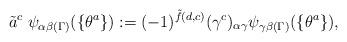
LaTeX: \begin{align*}\tilde{a}^c \; \psi_{\alpha \beta (\Gamma)}(\{ \theta^a \}) := (-1)^{\tilde{f} (d,c) } (\gamma^c)_{\alpha \gamma} \psi_{\gamma \beta (\Gamma)} (\{ \theta^a \}), \end{align*}